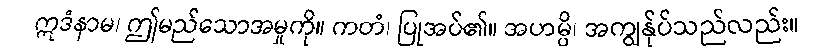
ဣဒံနာမ၊ ဤမည်သောအမှုကို။ ကတံ၊ ပြုအပ်၏။ အဟမ္ပိ၊ အကျွန်ုပ်သည်လည်း။